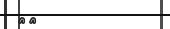
٤٨